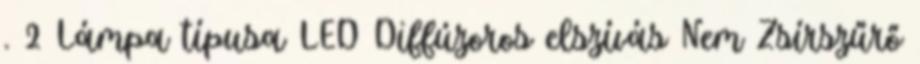
. 2 Lámpa típusa LED Diffúzoros elszívás Nem Zsírszűrő